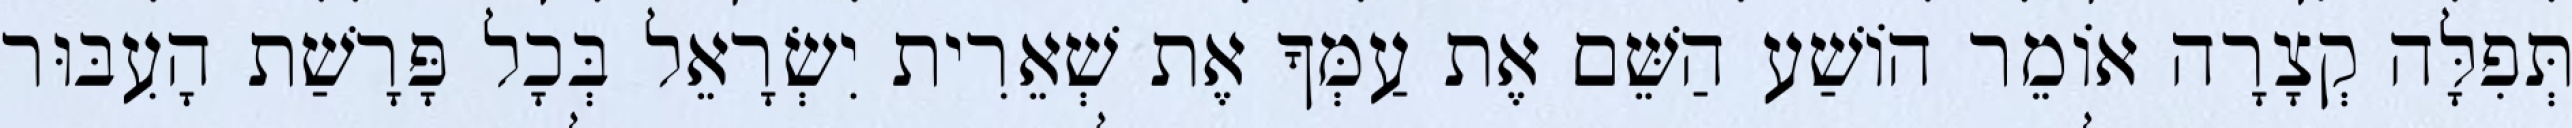
תְּפִלָּה קְצָרָה אוֹמֵר הוֹשַׁע הַשֵּׁם אֶת עַמְּךָ אֶת שְׁאֵרִית יִשְׂרָאֵל בְּכָל פָּרָשַׁת הָעִבּוּר